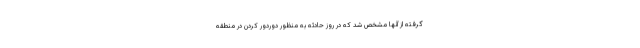
گرفته از آنها مشخص شد که در روز حادثه به منظور دوردور کردن در منطقه